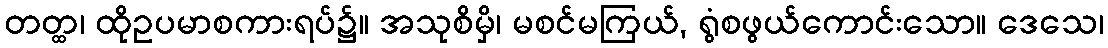
တတ္ထ၊ ထိုဥပမာစကားရပ်၌။ အသုစိမှိ၊ မစင်မကြယ်, ရွံစဖွယ်ကောင်းသော။ ဒေသေ၊